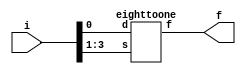
module q11(i,f);
input [3:0]i;
output f;
eighttoone stage0(i[0],i[3:1],f);
endmodule

module eighttoone(d,s,f);
input d;
input [2:0]s;
output f;
reg f;
always @(s)
begin
	case(s)
	0:f=0;
	1:f=0;
	2:f=1;
	3:f=1;
	4:f=1;
	5:f=0;
	6:f=1;
	7:f=~d;
	endcase
end
endmodule